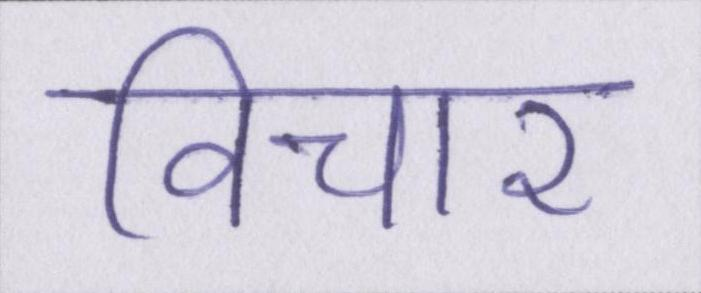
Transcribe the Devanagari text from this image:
विचार